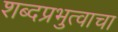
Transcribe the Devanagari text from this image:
शब्दप्रभुत्वाचा